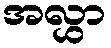
အလွှာ